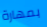
بمهارة